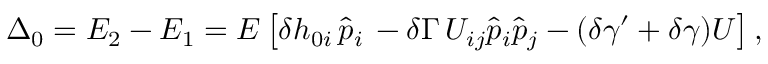
\Delta _ { 0 } = E _ { 2 } - E _ { 1 } = E \left[ \delta h _ { 0 i } \, \hat { p } _ { i } \, - \delta \Gamma \, U _ { i j } \hat { p } _ { i } \hat { p } _ { j } - ( \delta \gamma ^ { \prime } + \delta \gamma ) U \right] ,